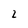
Character: 2